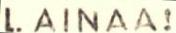
LAINAA!